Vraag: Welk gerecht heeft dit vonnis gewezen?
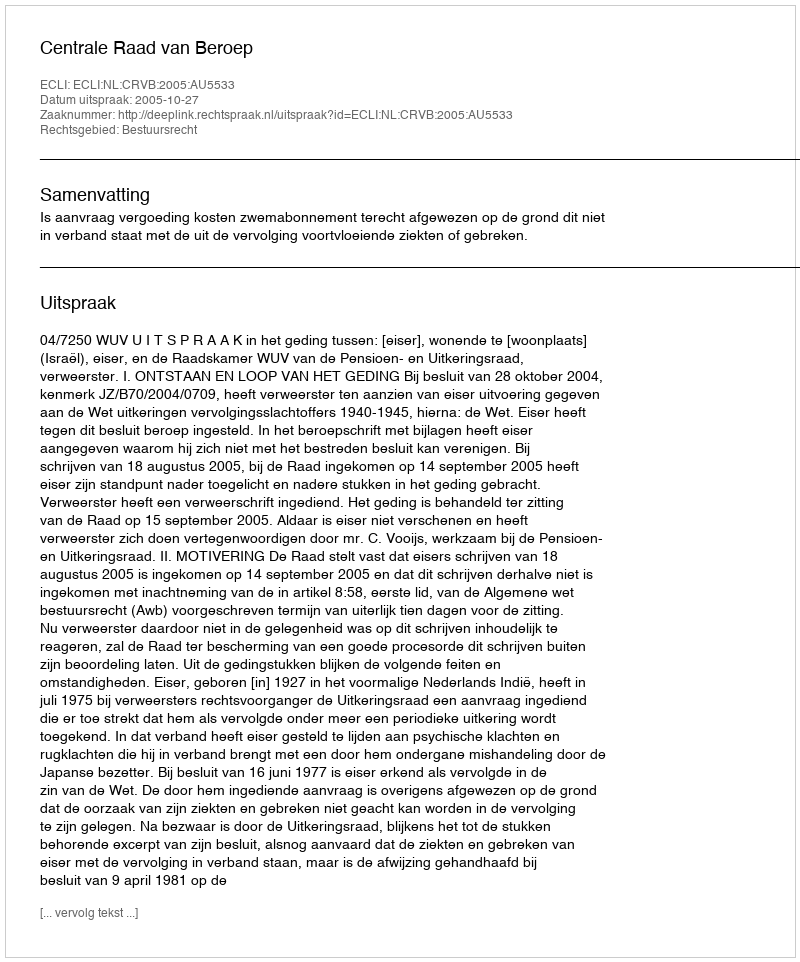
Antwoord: Centrale Raad van Beroep